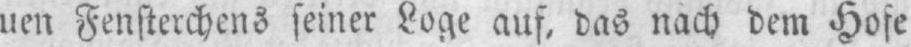
nen Fensterchens seiner Loge auf, das nach dem Hofe